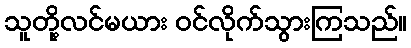
သူတို့လင်မယား ဝင်လိုက်သွားကြသည်။